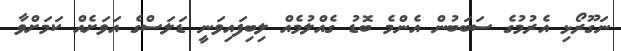
ނަގޫރޯޅި އެރުމުގެ ސަބަބުން އެންމެ ބޮޑު ގެއްލުމެއް ލިބިފައިވަނީ ޑަލަސްގެ އަވަށެއް ކަމަށްވާ